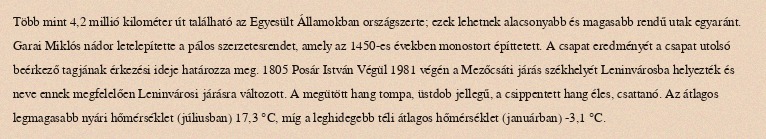
Több mint 4,2 millió kilométer út található az Egyesült Államokban országszerte; ezek lehetnek alacsonyabb és magasabb rendű utak egyaránt. Garai Miklós nádor letelepítette a pálos szerzetesrendet, amely az 1450-es években monostort építtetett. A csapat eredményét a csapat utolsó beérkező tagjának érkezési ideje határozza meg. 1805 Posár István Végül 1981 végén a Mezőcsáti járás székhelyét Leninvárosba helyezték és neve ennek megfelelően Leninvárosi járásra változott. A megütött hang tompa, üstdob jellegű, a csippentett hang éles, csattanó. Az átlagos legmagasabb nyári hőmérséklet (júliusban) 17,3 °C, míg a leghidegebb téli átlagos hőmérséklet (januárban) -3,1 °C.